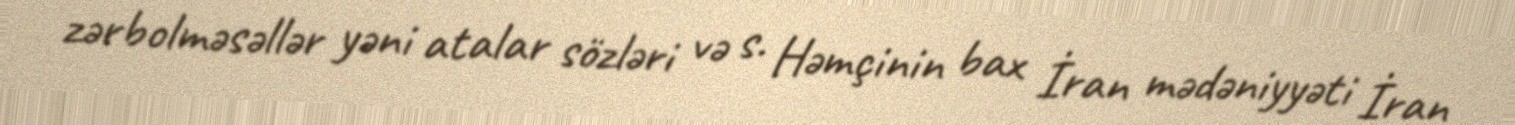
zərbolməsəllər yəni atalar sözləri və s. Həmçinin bax İran mədəniyyəti İran